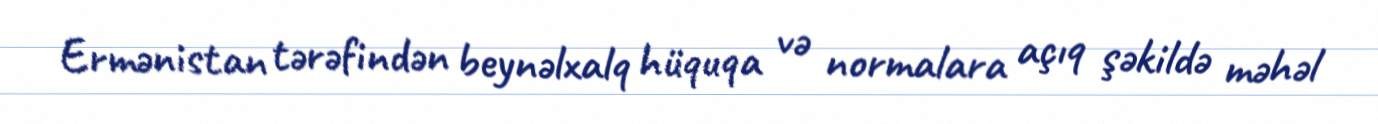
Ermənistan tərəfindən beynəlxalq hüquqa və normalara açıq şəkildə məhəl